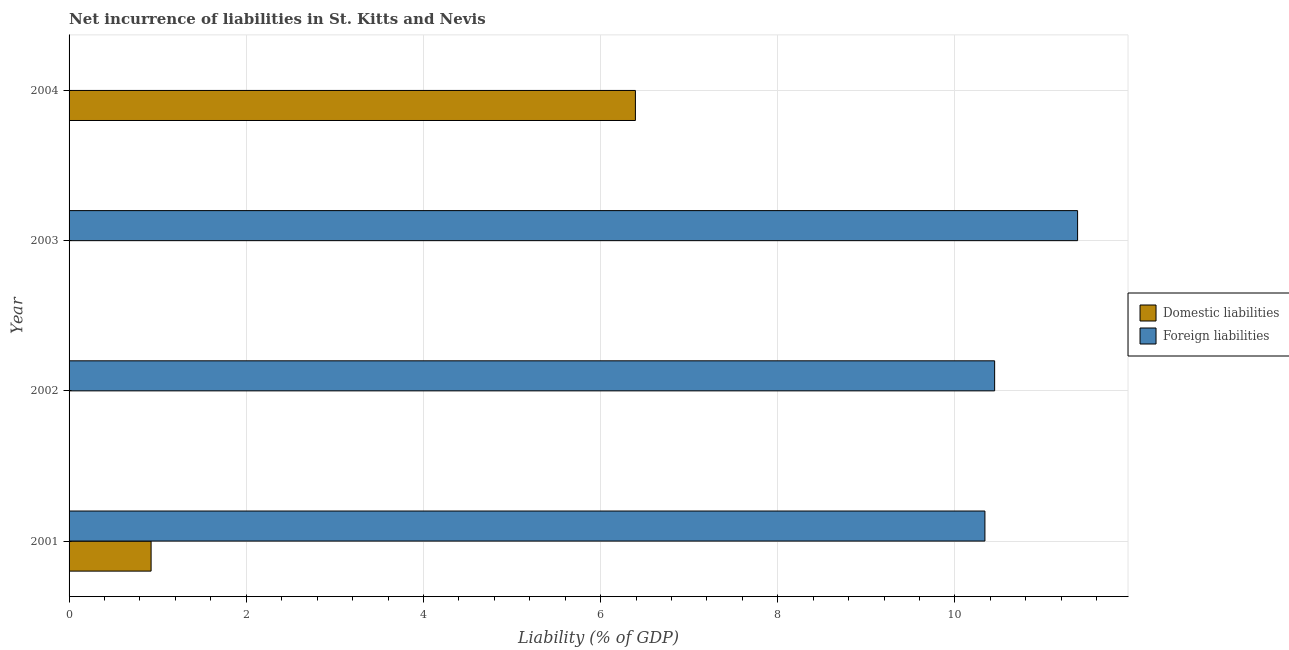
| Year | Domestic liabilities | Foreign liabilities |
 | --- | --- | --- |
 | 2001 | 0.926 | 10.3 |
 | 2002 | -1.3 | 10.4 |
 | 2003 | -7.22 | 11.4 |
 | 2004 | 6.39 | -2.6 |